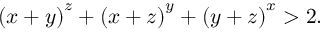
\left( x + y \right) ^ { z } + \left( x + z \right) ^ { y } + \left( y + z \right) ^ { x } > 2 .